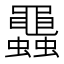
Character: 𧕵